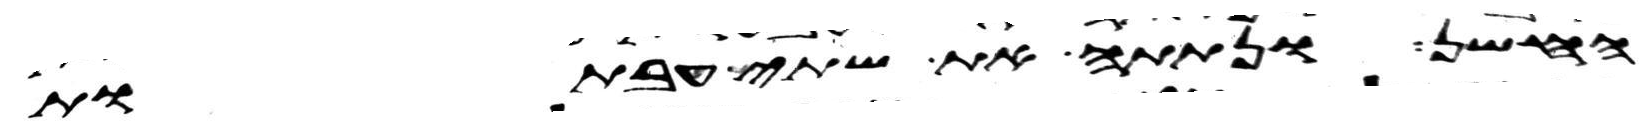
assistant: החשן ונתתה את שתי העבתות